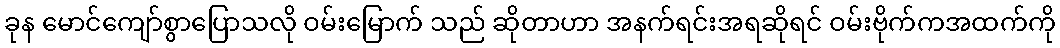
ခုန မောင်ကျော်စွာပြောသလို ဝမ်းမြောက် သည် ဆိုတာဟာ အနက်ရင်းအရဆိုရင် ဝမ်းဗိုက်ကအထက်ကို